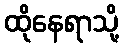
ထိုနေရာသို့